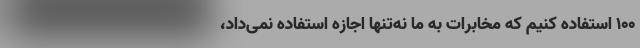
100 استفاده کنیم که مخابرات به ما نه‌تنها اجازه استفاده نمی‌داد،‌